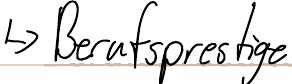
-> Berufsprestige